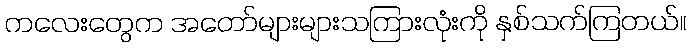
ကလေးတွေက အတော်များများသကြားလုံးကို နှစ်သက်ကြတယ်။